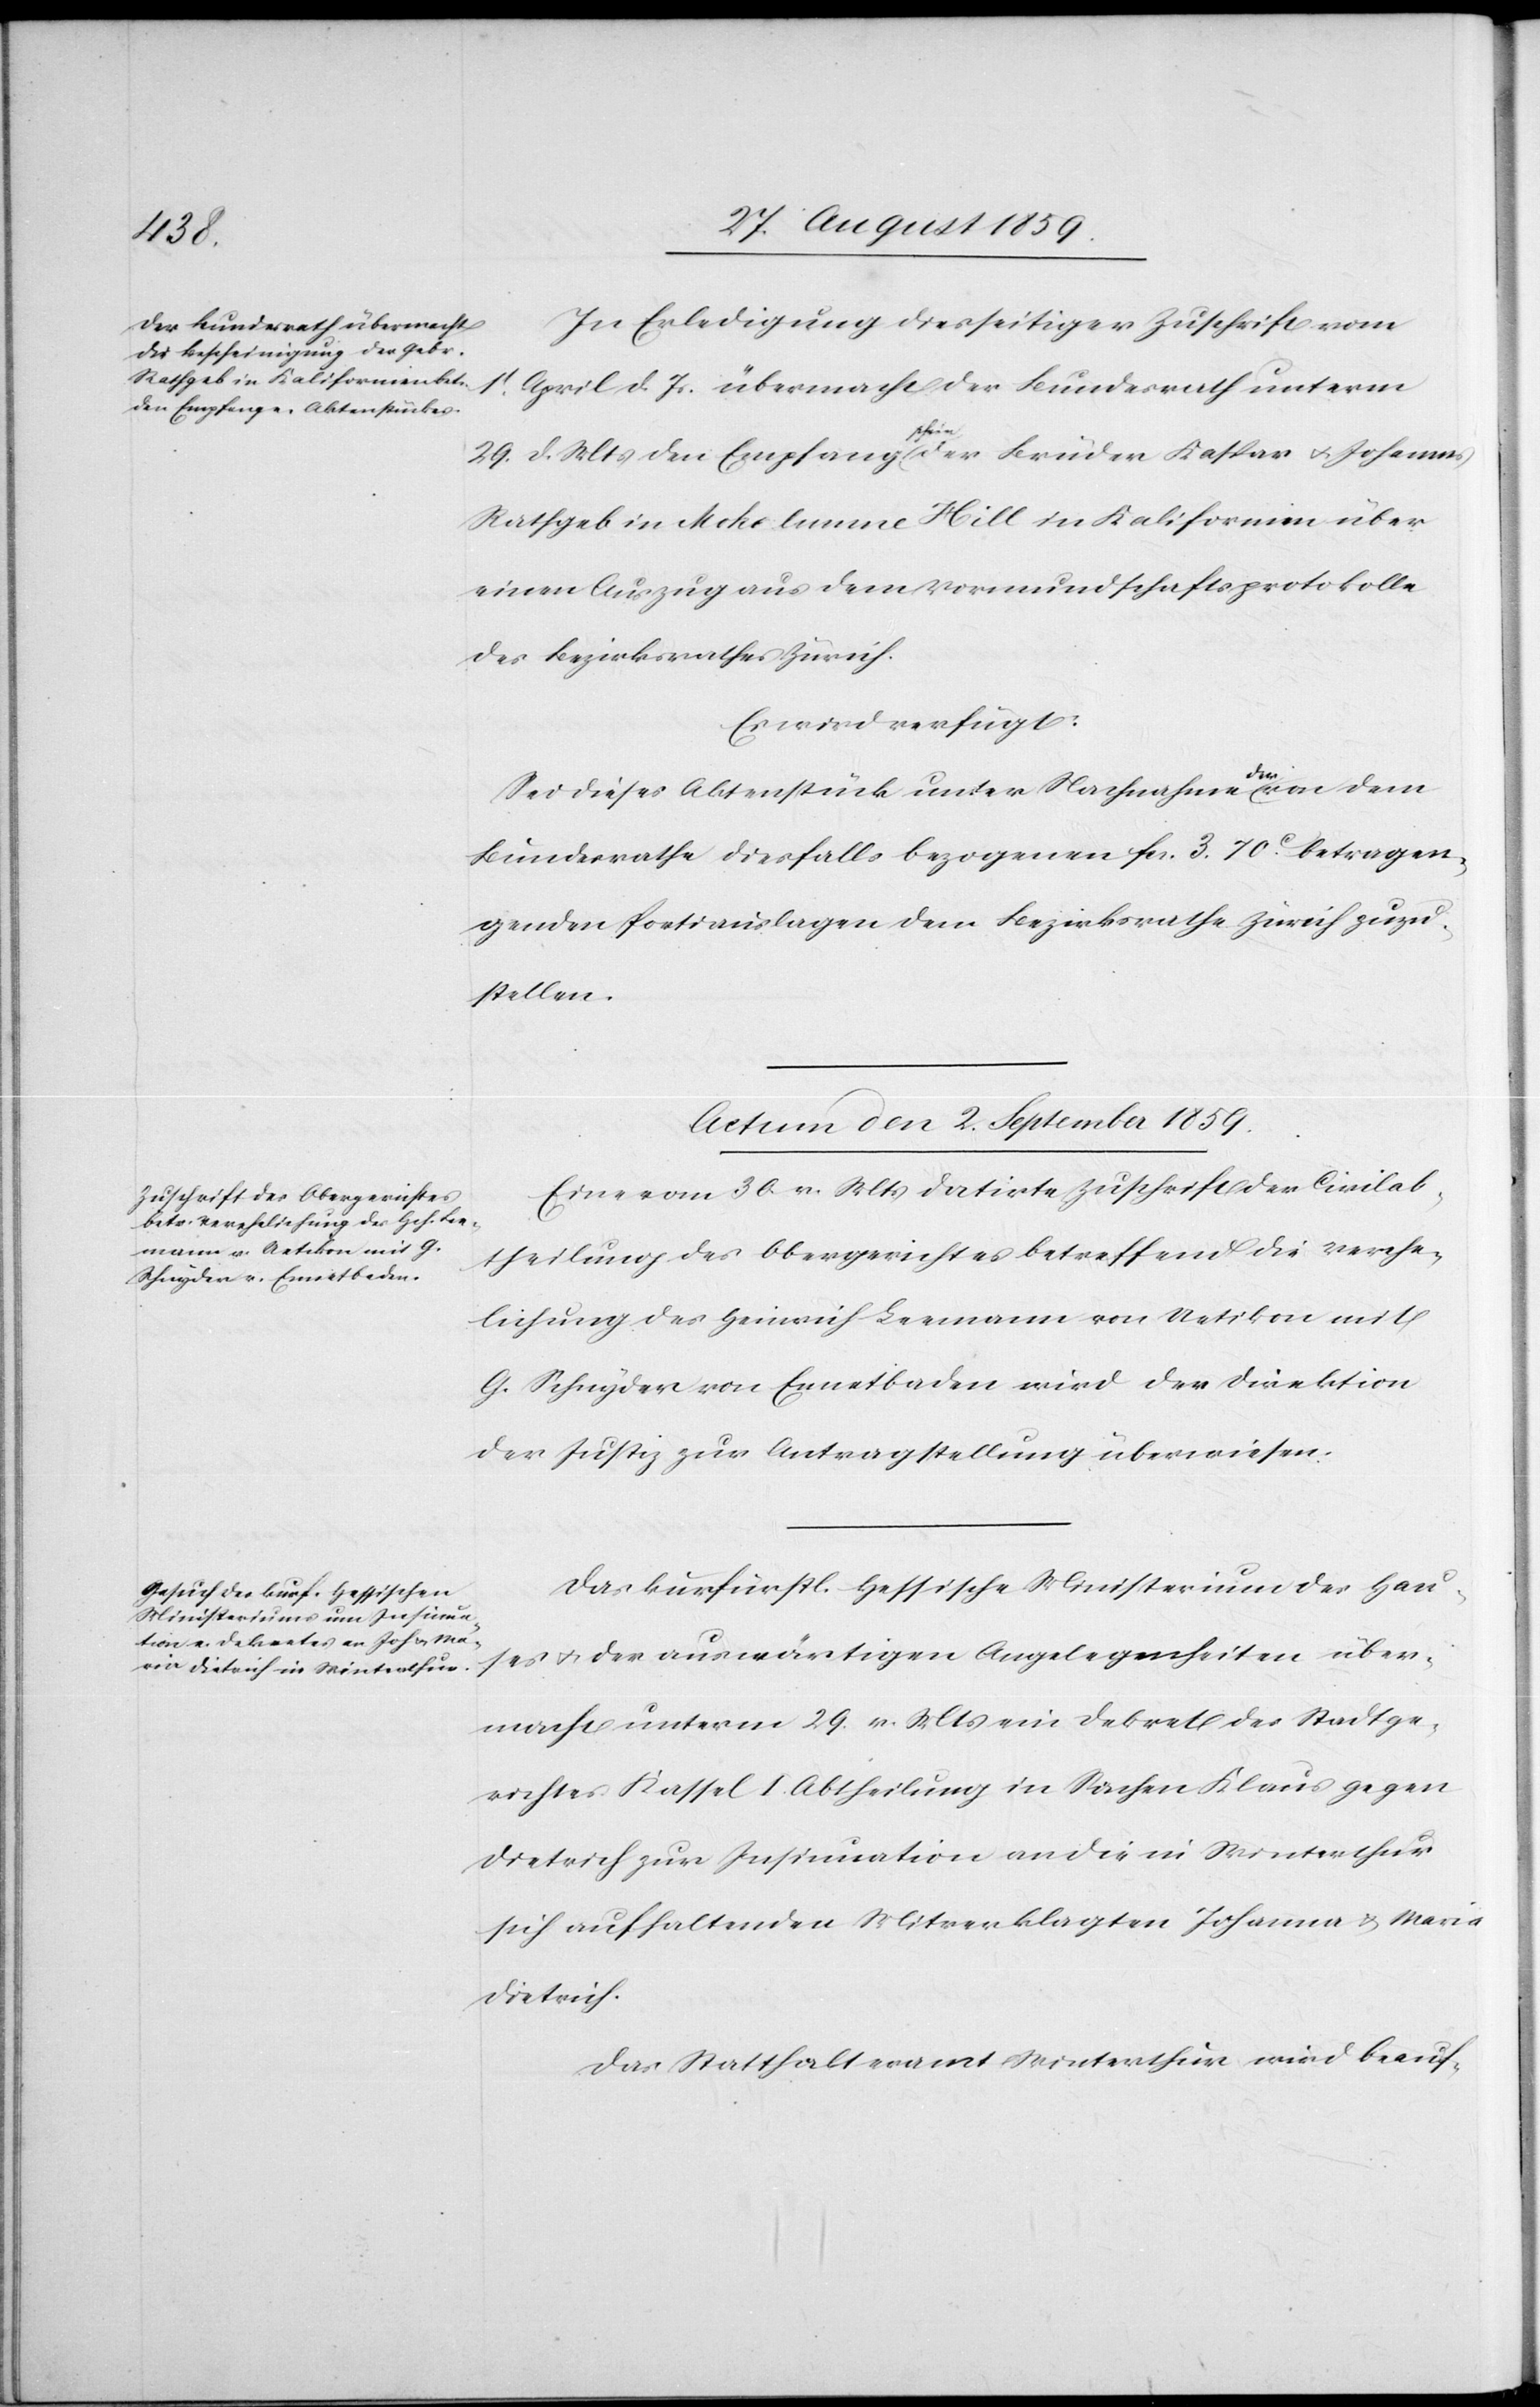
31. August 1859.]
In Erledigung diesseitiger Zuschrift vom
1t. April d. Js. übermacht der Bundesrath unterm
den
29. d. Mts. den Empfangschein der Brüder Kaspar & Johannes
Rathgeb in Mohelunne Hill in Kalifornien über
einen Auszug aus dem Vormundschaftsprotokolle
des Bezirksrathes Zürich.
Es wird verfügt:
Sei dieses Aktenstück unter Nachnahme der von dem
Bundesrathe diesfalls bezogenen fcs. 3.70c. betragen¬
den Portiauslagen dem Bezirksrathe Zürich zuzu¬
stellen.
Actum den 2. September 1859.
Eine vom 30. v. Mts. datirte Zuschrift der Civilab¬
theilung des Obergerichtes betreffend die Verehe¬
lichung des Heinrich Leemann von Uetikon mit
G. Schnyder von Ennetbaden wird der Direktion
der Justiz zur Antragstellung überwiesen.
Das kurfürstl. Hessische Mministerium des Hau¬
ses & der auswärtigen Angelegenheiten über¬
macht unterm 29. v. Mts. ein Dekret des Stadtge¬
richtes Kassel I. Abtheilung in Sachen Klaus gegen
Dietrich zur Insinuation an die in Winterthur
sich aufhaltenden Mitverklagten Johanna & Maria
Dieterich.
Das Statthalteramt Winterthur wird beauf-